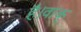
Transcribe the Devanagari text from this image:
है।वाक्